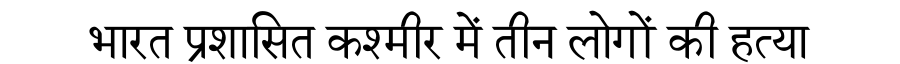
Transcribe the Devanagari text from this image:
भारत प्रशासित कश्मीर में तीन लोगों की हत्या